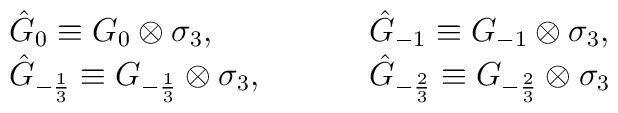
\begin{array}{lcccl}  \hat G_{0} \equiv  G_{0}\otimes \sigma_3,  &&&&\hat G_{-1} \equiv  G_{-1}\otimes \sigma_3,\\  \hat G_{-\frac{1}{3}} \equiv G_{-\frac{1}{3}}\otimes  \sigma_3,  &&&&  \hat G_{-\frac{2}{3}} \equiv G_{-\frac{2}{3}}\otimes \sigma_3\end{array}